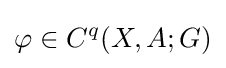
\varphi \in C^{q}(X,A;G)